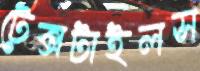
টেক্সটাইলস